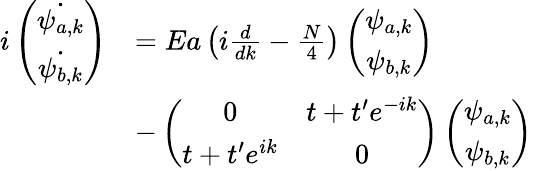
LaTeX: \begin{array}{rl}{i\left(\begin{array}{c}{\dot{\psi_{a,k}}}\\ {\dot{\psi_{b,k}}}\end{array}\right)}&{=Ea\left(i\frac{d}{dk}-\frac{N}{4}\right)\left(\begin{array}{c}{\psi_{a,k}}\\ {\psi_{b,k}}\end{array}\right)}\\ &{-\left(\begin{array}{cc}{0}&{t+t^{\prime}e^{-ik}}\\ {t+t^{\prime}e^{ik}}&{0}\end{array}\right)\left(\begin{array}{c}{\psi_{a,k}}\\ {\psi_{b,k}}\end{array}\right)}\end{array}